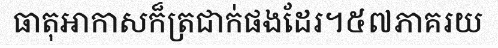
ធាតុអាកាសក៏ត្រជាក់ផងដែរ។៥៧ភាគរយ